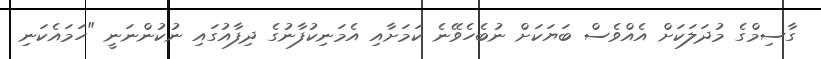
ގާސިމްގެ މުދަލަކަށް އެއްވެސް ބަޔަކަށް ނުބެހެވޭނެ ކަމަށާއި އެމަނިކުފާނުގެ ދިފާއުގައި ނުކުންނަނީ "ހަމައެކަނި